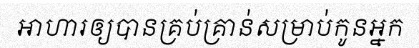
អាហារឲ្យបានគ្រប់គ្រាន់សម្រាប់កូនអ្នក